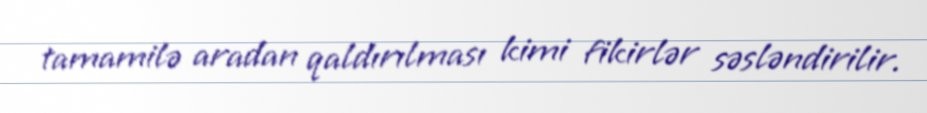
tamamilə aradan qaldırılması kimi fikirlər səsləndirilir.